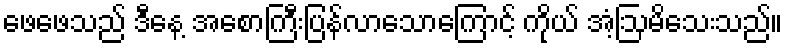
ဖေဖေသည် ဒီနေ့ အစောကြီးပြန်လာသောကြောင့် ကိုယ် အံ့ဩမိသေးသည်။